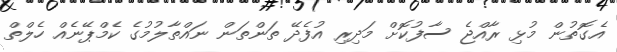
އެގޮތުން މުޅި ރާއްޖެ ސާފުކޮށް މަދިރި އުފެދޭ ތަންތަން ނައްތާލުމުގެ ކެމްޕޭނެއް ހެލްތް